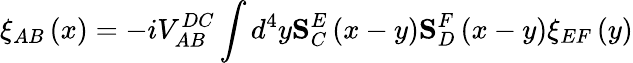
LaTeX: \xi_{AB}\left(x\right)=-iV_{AB}^{DC}\int d^{4}y\mathbf{S}_{C}^{E}\left(x-y\right)\mathbf{S}_{D}^{F}\left(x-y\right)\xi_{EF}\left(y\right)